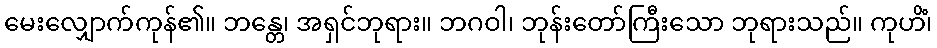
မေးလျှောက်ကုန်၏။ ဘန္တေ၊ အရှင်ဘုရား။ ဘဂဝါ၊ ဘုန်းတော်ကြီးသော ဘုရားသည်။ ကုဟိံ၊